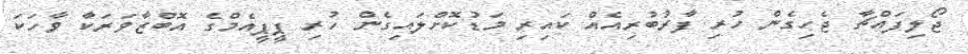
ޖޯލިފައްޗާ ޖެހިގެން ހުރި ފާރުބުރިއެއް ކައިރި މަޑުކޮށްލައިގެން ހުރި ޕީޕީއެމްގެ އޮބްޒާވަރަކާ ވާހަކަ